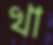
খা